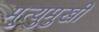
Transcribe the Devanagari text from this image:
मृ्त्युमुखी